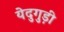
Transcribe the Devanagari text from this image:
येदुगुड़ी